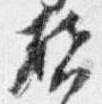
啓